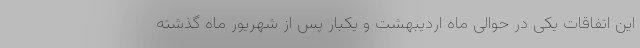
این اتفاقات یکی در حوالی ماه اردیبهشت و یکبار پس از شهریور ماه گذشته